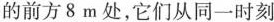
的前方8m处，它们从同一时刻